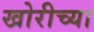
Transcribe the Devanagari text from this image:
खोरीच्या